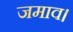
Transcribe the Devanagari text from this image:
जमाव।